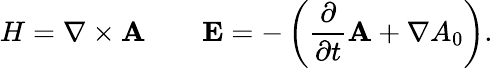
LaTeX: H=\nabla\times{\mathbf A}\qquad{\mathbf E}=-\left(\frac{\partial}{\partial t}{\mathbf A}+\nabla A_{0}\right).